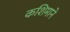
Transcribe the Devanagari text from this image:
कशिमाने